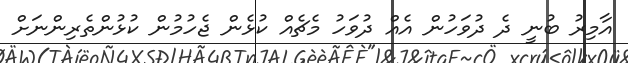
އާމިރު ބުނީ ދެ ދުވަހުން އެއް ދުވަހު މެޗެއް ކުޅެން ޖެހުމުން ކުޅުންތެރިންނަށް